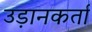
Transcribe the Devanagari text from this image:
उड़ानकर्ता